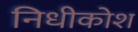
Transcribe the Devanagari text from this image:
निधीकोश